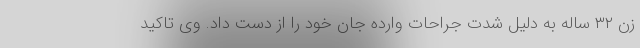
زن ۳۲ ساله به دلیل شدت جراحات وارده جان خود را از دست داد. وی تاکید